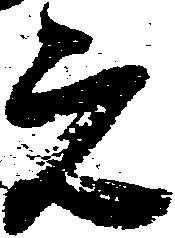
元